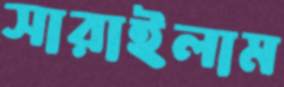
সারাইলাম